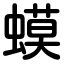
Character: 蟆